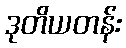
ဒုတိယတန်း